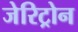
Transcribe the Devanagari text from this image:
जेरिट्रोन